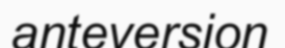
anteversion